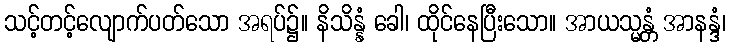
သင့်တင့်လျောက်ပတ်သော အရပ်၌။ နိသိန္နံ ခေါ၊ ထိုင်နေပြီးသော။ အာယသ္မန္တံ အာနန္ဒံ၊